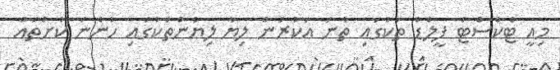
މިއީ ޓެކްސްޓް ފީލްޑް ތަކުގައި ތާނަ އަކުރުން ލިޔާ ލިޔުންތަކުގައި ހުންނަ ކުށްތައް